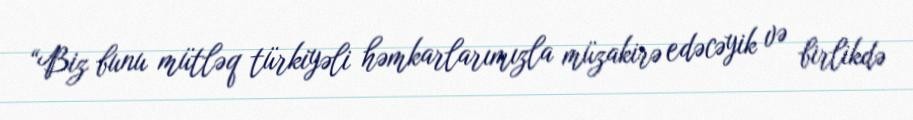
“Biz bunu mütləq türkiyəli həmkarlarımızla müzakirə edəcəyik və birlikdə